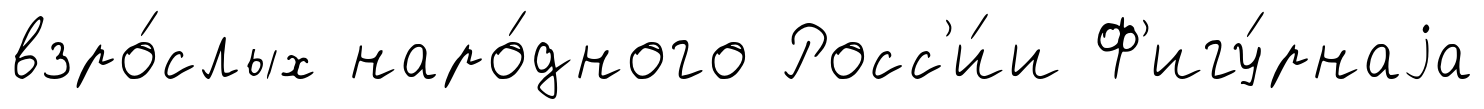
взро́слых наро́дного Росс'и́и Ф'игу́рнаjа